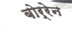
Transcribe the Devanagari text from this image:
बोर्रेन